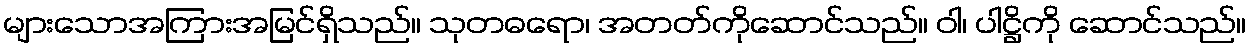
များသောအကြားအမြင်ရှိသည်။ သုတဓရော၊ အတတ်ကိုဆောင်သည်။ ဝါ၊ ပါဋ္ဌိကို ဆောင်သည်။